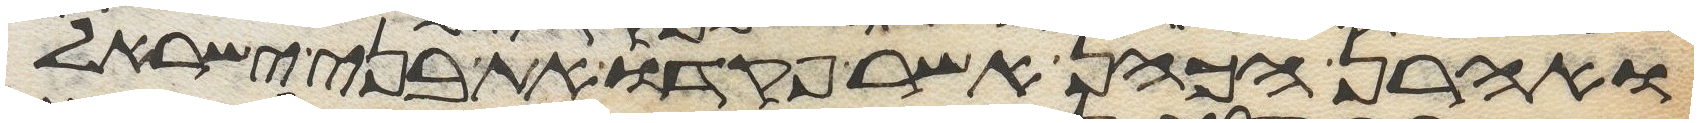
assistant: ואהרן הכהן אשר פקדו את בני ישראל